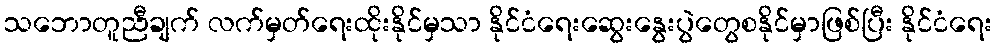
သဘောတူညီချက် လက်မှတ်ရေးထိုးနိုင်မှသာ နိုင်ငံရေးဆွေးနွေးပွဲတွေစနိုင်မှာဖြစ်ပြီး နိုင်ငံရေး